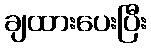
ချထားပေးပြီး